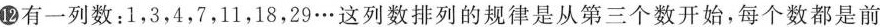
② 有一列数：1，3，4，7，11，18，29…这列数排列的规律是从第三个数开始，每个数都是前